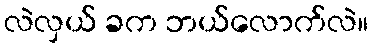
လဲလှယ် ခက ဘယ်လောက်လဲ။